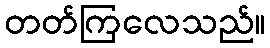
တတ်ကြလေသည်။